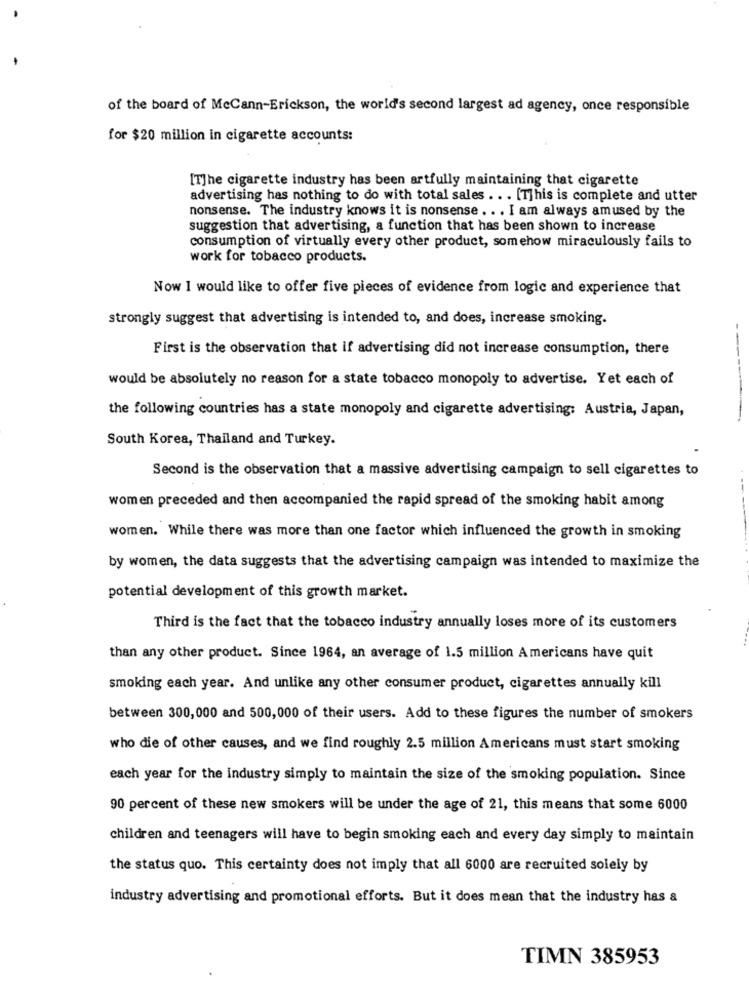
of the board of McCann-Erickson, the world's second largest ad agency, once responsible
for $20 million in cigarette accounts:
[T]he cigarette industry has been artfully maintaining that cigarette
advertising has nothing to do with total sales . . . [T]his is complete and utter
nonsense. The industry knows it is nonsense . . . I am always amused by the
suggestion that advertising, a function that has been shown to increase
consumption of virtually every other product, somehow miraculously fails to
work for tobacco products.
Now I would like to offer five pieces of evidence from logic and experience that
strongly suggest that advertising is intended to, and does, increase smoking.
First is the observation that if advertising did not increase consumption, there
would be absolutely no reason for a state tobacco monopoly to advertise. Yet each of
the following countries has a state monopoly and cigarette advertising: Austria, Japan,
South Korea, Thailand and Turkey.
Second is the observation that a massive advertising campaign to sell cigarettes to
women preceded and then accompanied the rapid spread of the smoking habit among
women. While there was more than one factor which influenced the growth in smoking
by women, the data suggests that the advertising campaign was intended to maximize the
potential development of this growth market.
Third is the fact that the tobacco industry annually loses more of its customers
than any other product. Since 1964, an average of 1.5 million Americans have quit
smoking each year. And unlike any other consumer product, cigarettes annually kill
between 300,000 and 500,000 of their users. Add to these figures the number of smokers
who die of other causes, and we find roughly 2.5 million Americans must start smoking
each year for the industry simply to maintain the size of the smoking population. Since
90 percent of these new smokers will be under the age of 21, this means that some 6000
children and teenagers will have to begin smoking each and every day simply to maintain
the status quo. This certainty does not imply that all 6000 are recruited solely by
industry advertising and promotional efforts. But it does mean that the industry has a
TIMN 385953